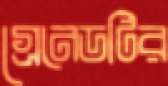
গ্রেনেডটির